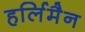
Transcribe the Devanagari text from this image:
हर्लिमैन